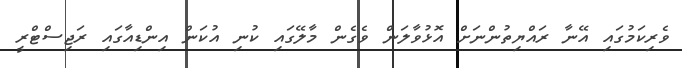
ވެރިކަމުގައި އޭނާ ރައްޔިތުންނަށް އޮޅުވާލަން ވެގެން މާލޭގައި ކުނި އުކަން އިންޑިއާގައި ރަޖިސްޓްރީ